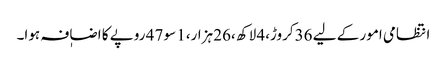
انتظامی امور کے لیے 36کروڑ،4 لاکھ ،26 ہزار،1 سو 47 روپے کا اضاٖفہ ہوا۔